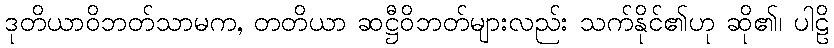
ဒုတိယာဝိဘတ်သာမက, တတိယာ ဆဋ္ဌီဝိဘတ်များလည်း သက်နိုင်၏ဟု ဆို၏၊ ပါဠိ